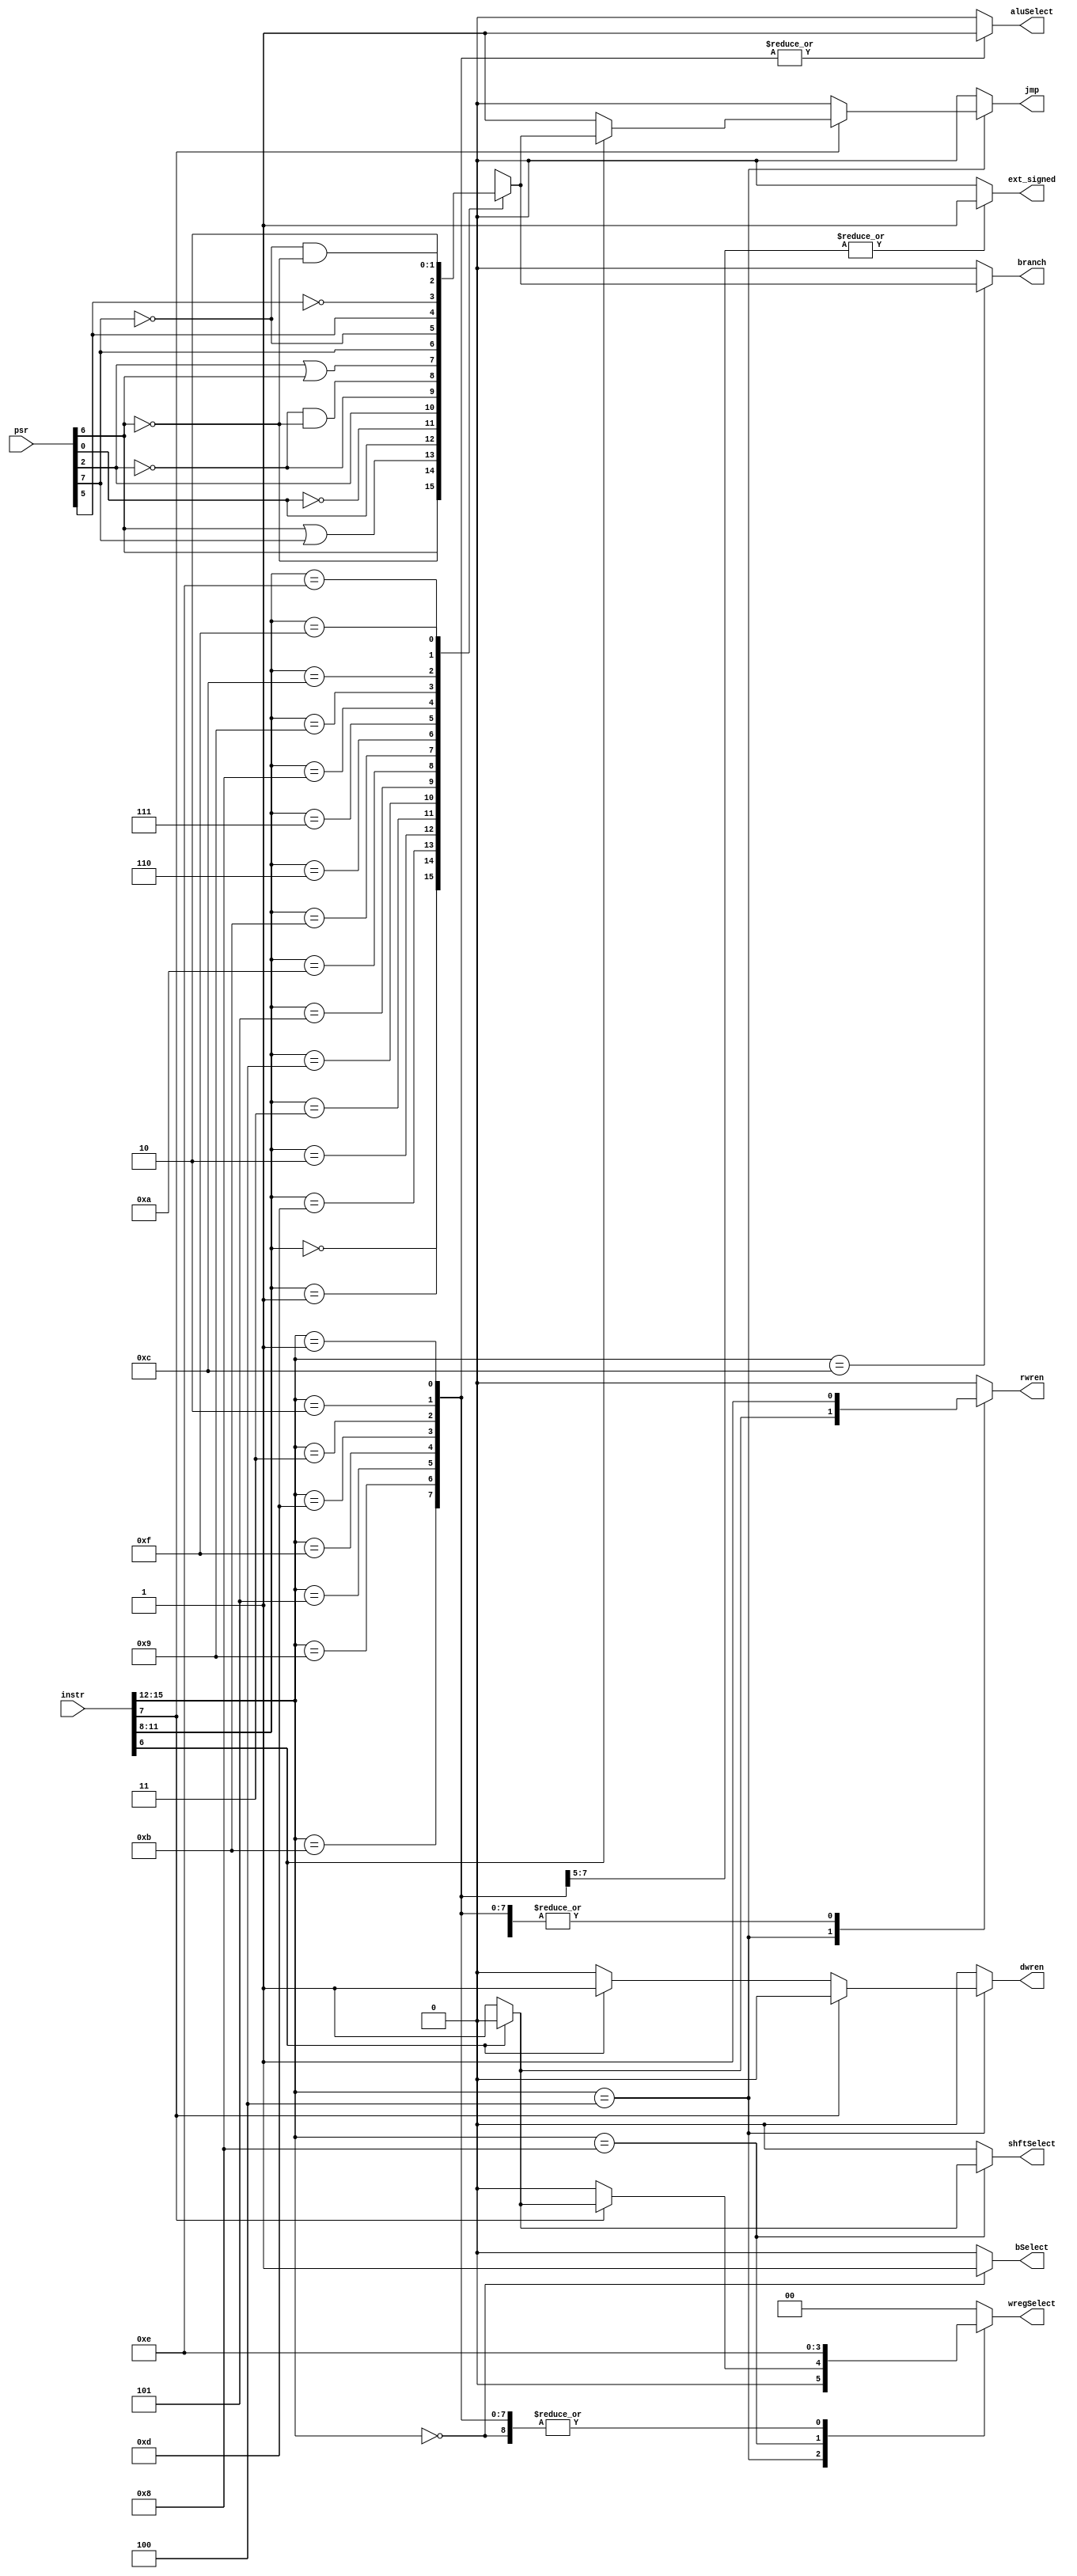
module control_unit_4(
	 output reg ext_signed,		
	 output reg bSelect,			
	 output reg shftSelect,		
	 output reg aluSelect,		
	 output reg [1:0] wregSelect,	
	 output reg jmp,				
	 output reg branch,			
	 output reg rwren,				
	 output reg dwren,				
	 input [15:0] instr,		
	 input [15:0] psr			
    );
	reg condflag;			
	wire [3:0] cond;		
	wire [3:0] opcode; 	
	wire st_ld;				
	wire mem_jmp;			
	assign cond = instr[11:8];
	assign opcode = instr[15:12];
	assign st_ld = instr[6];
	assign mem_jmp = instr[7];
	always @(*)
	begin
		case(cond)
			4'b0000: condflag = psr[6];	
			4'b0001: condflag = !psr[6];	
			4'b1101: condflag = psr[6] || psr[7];	
			4'b0010: condflag = psr[0];	
			4'b0011: condflag = !psr[0];	
			4'b0100: condflag = psr[2];	
			4'b0101: condflag = !psr[2];	
			4'b1010: condflag = !psr[2] && !psr[6];	
			4'b1011: condflag = psr[2] || psr[6];	
			4'b0110: condflag = psr[7];	
			4'b0111: condflag = !psr[7];	
			4'b1000: condflag = psr[5];	
			4'b1001: condflag = !psr[5];	
			4'b1100: condflag = !psr[7] && !psr[6];	
			4'b1110: condflag = 1'b1;	
			4'b1111: condflag = 1'b0;	
			default: condflag = 1'b0;
		endcase 
	end
	always @(*)
	begin
		ext_signed = 0;
		bSelect = 0;
		shftSelect = 0;
		aluSelect = 0;
		wregSelect = 2'b00;
		jmp = 0;
		branch = 0;
		rwren = 0;
		dwren = 0;
		case(opcode)
			4'b0000:	 begin
							 bSelect = 1;				
							 aluSelect = 0;			
							 wregSelect = 2'b10;		
							 rwren = 1;					
						 end
			4'b0100:  if(mem_jmp) begin
							 if(st_ld) begin			
								jmp = condflag;		
							 end
							 else begin					
								jmp = 1'b1;				
								rwren = 1'b1;			
								wregSelect = 2'b01;	
							 end
						 end
						 else begin
							 if(st_ld) begin			
								dwren = 1;				
							 end
							 else begin					
								wregSelect = 2'b00;	
								rwren = 1;				
							 end
						 end
			4'b1100:	 branch = condflag;		
			4'b1000:  begin
							 rwren = 1;					
							 wregSelect = 2'b11;		
							 if(st_ld) begin			
								shftSelect = 0;		
							 end
							 else begin					
								shftSelect = 1;		
							 end
						 end
			4'b0101, 4'b1001, 4'b1011: 			
						 begin
							rwren = 1;				
							wregSelect = 2'b10;	
							aluSelect = 1;			
							bSelect = 0;			
							ext_signed = 1;		
						 end
			4'b0001, 4'b0010, 4'b0011, 4'b1101, 4'b1111:
						 begin
							rwren = 1;				
							wregSelect = 2'b10;	
							aluSelect = 1;			
							bSelect = 0;			
							ext_signed = 0;		
						 end
			default:  begin
						 end
		endcase
	end
endmodule